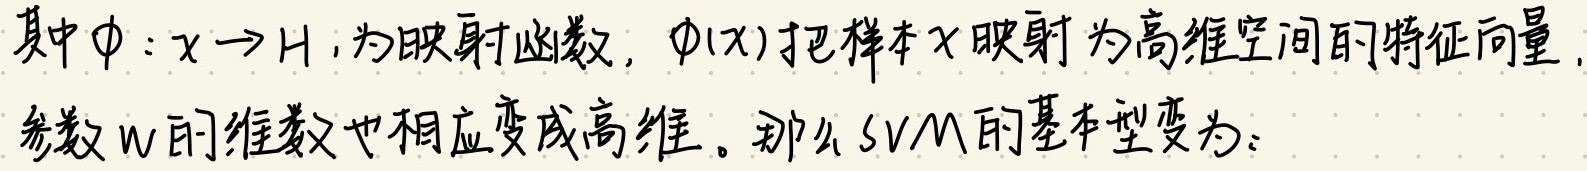
其中\(\phi:x \to H\)，为映射函数，\(\phi(x)\)把样本\(x\)映射为高维空间的特征向量，参数\(w\)的维数也相应变成高维。那么SVM的基本型变为：